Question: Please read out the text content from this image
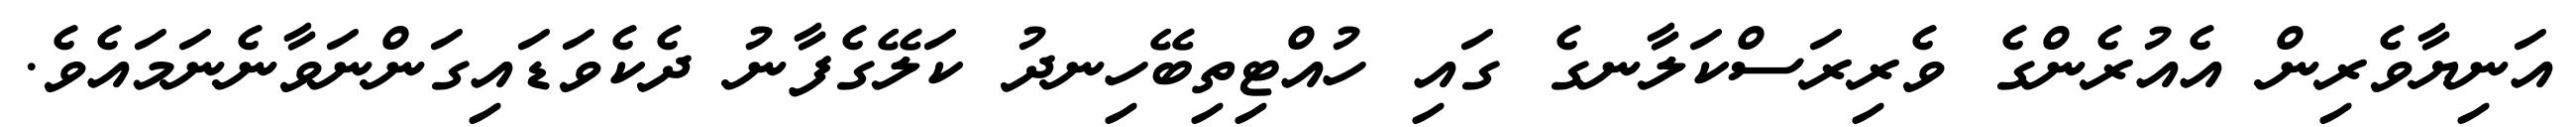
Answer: އަނިޔާވެރިން އެއުރެންގެ ވެރިރަސްކަލާނގެ ގައި ހުއްޓިތިބޭހިނދު ކަލޭގެފާނު ދެކެވަޑައިގަންނަވާނެނަމައެވެ.